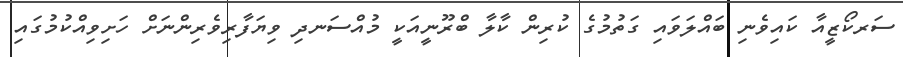
ސަރކޯޒީއާ ކައިވެނި ބައްލަވައި ގަތުމުގެ ކުރިން ކާލާ ބްރޫނީއަކީ މުއްސަނދި ވިޔަފާރިވެރިންނަށް ހަށިވިއްކުމުގައި